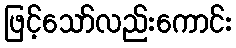
ဖြင့်သော်လည်းကောင်း